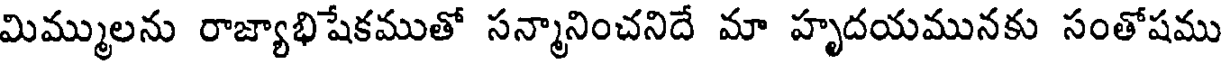
మిమ్ములను రాజ్యాభిషేకముతో సన్మానించనిదే మా హృదయమునకు సంతోషము